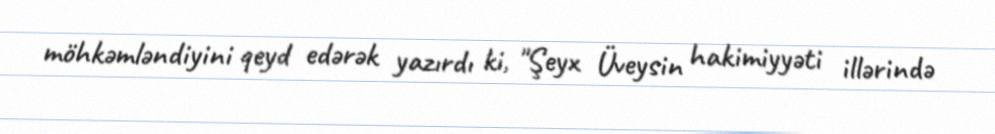
möhkəmləndiyini qeyd edərək yazırdı ki, "Şeyx Üveysin hakimiyyəti illərində